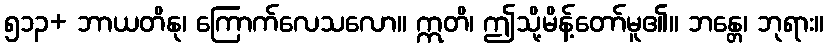
၅၁၃+ ဘာယတိနု၊ ကြောက်လေသလော။ ဣတိ၊ ဤသို့မိန့်တော်မူ၏။ ဘန္တေ၊ ဘုရား။